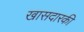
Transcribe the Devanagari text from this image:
खासदारकी